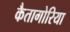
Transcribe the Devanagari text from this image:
कैतागोरिया